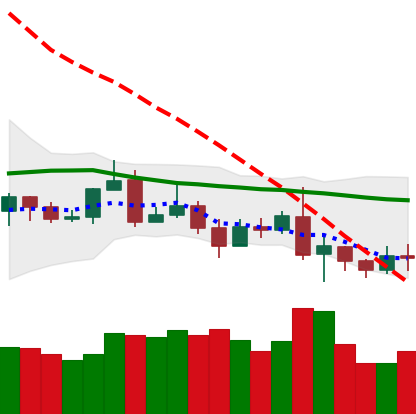
Ticker: ETC-USD
Chart end date: 2019-08-19
Forward return: 23.776%
Label: up_7plus